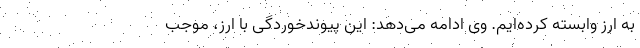
به ارز وابسته کرده‌ایم. وی ادامه می‌دهد: این پیوندخوردگی با ارز، موجب